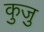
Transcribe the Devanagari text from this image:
कुजु